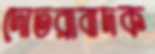
দোতরাবাদক